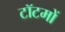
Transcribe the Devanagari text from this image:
टॉटमों